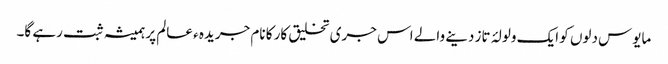
مایوس دلوں کو ایک ولولۂ تاز دینے والے اس جری تخلیق کار کا نام جریدہ ء عالم پر ہمیشہ ثبت رہے گا۔